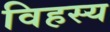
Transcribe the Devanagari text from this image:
विहस्य